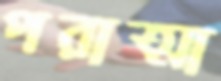
পরাত্মা